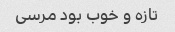
تازه و خوب بود مرسی